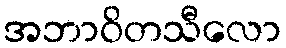
အဘာဝိတသီလော